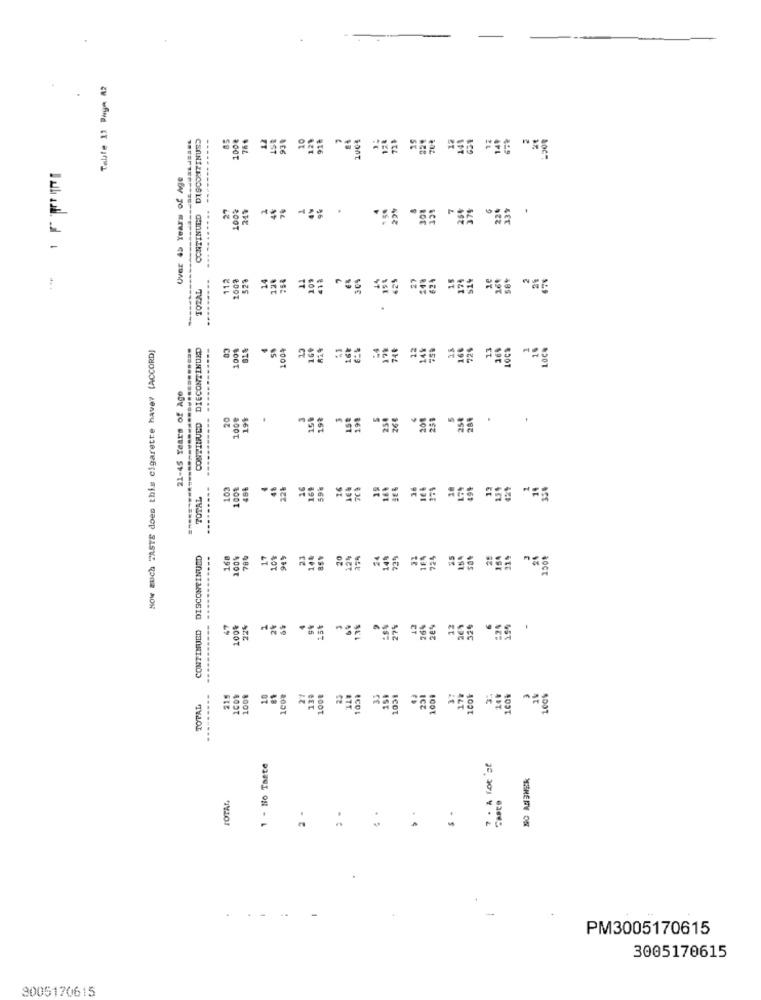
Table 11 Page A2
DISCONTINUS
85
1000
12
93%
10
129
91ª
100%
Uver 45 Years of Age
..
27
24%
7%
4%
CONTINUED
.
-
--
112
200?
528
14
754
109
41%
425
-------
TOZAL
HOW much TASTE does this cigarette have? (ACCORD]
DIECONTINUED
1008
81%
100%
21-45 Years of Age
..
20
100€
15#
198
198
250
26€
. SE. S5. SE. 55. 55.
CONTINUED
103
100%
48₺
48
22₺
16
169
16
.26
271
174
TOTAL
DISCONTINUED
-.
168
78 0
17
10%
23
144
20
12%
14%
164
725
35
25
164
----- ---
CONTINUED
47
100%
224
1.3%
27%
26%
12
26,
32%
299
.
100€
27
130
100€
25
1031
35
1051
1009
37
17%
1001
3:
14%
LeOk
TOTAL
1 - No Taste
7 . A lot'st
TOTAL,
CABEO
2 .
-
PM3005170615
3005170615
3005170615